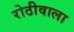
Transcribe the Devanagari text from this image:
रोठीवाला